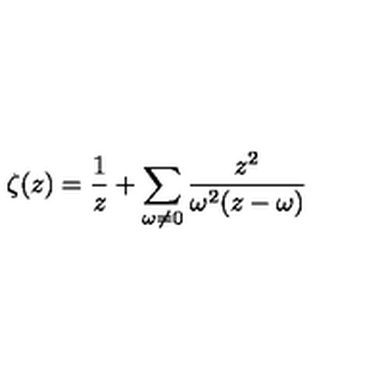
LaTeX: \zeta ( z ) = \frac { 1 } { z } + \sum _ { \omega \neq 0 } \frac { z ^ { 2 } } { \omega ^ { 2 } ( z - \omega ) }